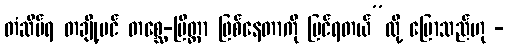
တံဆိပ်ရ တချို့ပင် တစ္ဆေ-ပြိတ္တာ ဖြစ်နေတာကို မြင်ရတယ်”လို့ ပြောသည်ဟု -